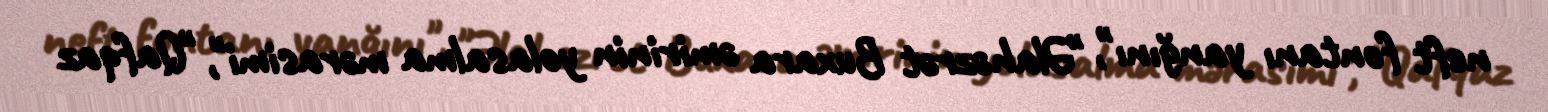
neft fontanı yanğını", "Əlahəzrət Buxara əmirinin yolasalma mərasimi", "Qafqaz